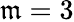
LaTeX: \mathfrak{m}=3